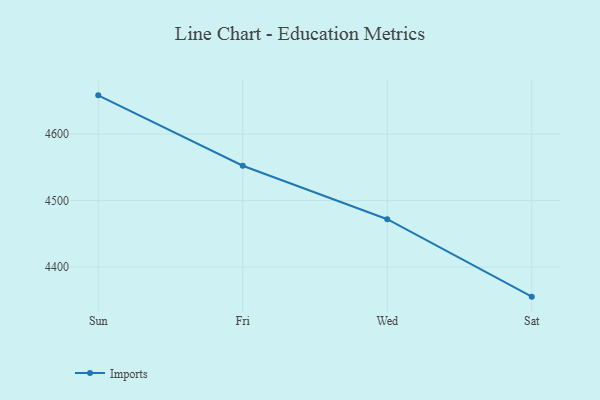
{"axis": {"x": "Day", "y": "Page Views"}, "legend": ["Imports"], "data": [{"x": "Sun", "y": 4658.3, "type": "Imports"}, {"x": "Fri", "y": 4552.4, "type": "Imports"}, {"x": "Wed", "y": 4472.0, "type": "Imports"}, {"x": "Sat", "y": 4355.5, "type": "Imports"}]}